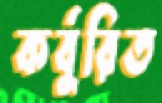
কর্বুরিত